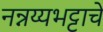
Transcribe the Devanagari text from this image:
नन्नय्यभट्टाचे